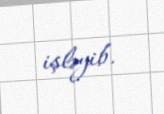
işləyib.